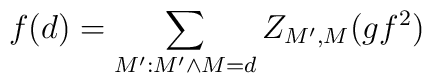
f(d)=\sum_{M':M'\wedge M=d}Z_{M',M}(gf^2)